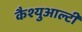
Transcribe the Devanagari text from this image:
कैश्युआल्टी